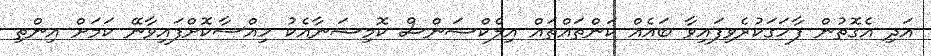
އަދި އެގޮތުން ފާހަގަކުރެވިފައިވާ ބައެއް ކަންތައްތައް އިލެކްޝަންސް ކޮމިޝަނާއެކު ހިއްސާކޮށްފައިވާނޭ ކަމަށް އިންތި